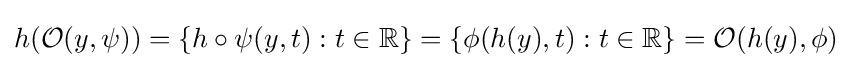
h({\mathcal {O}}(y,\psi ))=\{h\circ \psi (y,t):t\in \mathbb {R} \}=\{\phi (h(y),t):t\in \mathbb {R} \}={\mathcal {O}}(h(y),\phi )